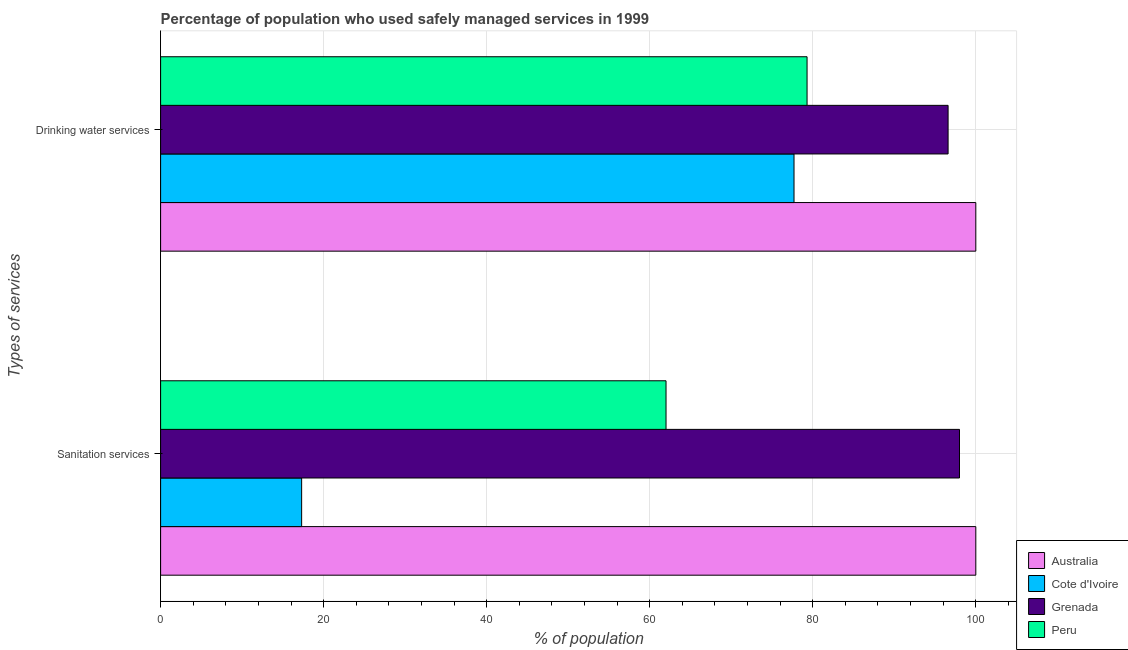
| Types of services | Australia | Cote d'Ivoire | Grenada | Peru |
 | --- | --- | --- | --- | --- |
 | Sanitation services | 100 | 17.3 | 98 | 62 |
 | Drinking water services | 100 | 77.7 | 96.6 | 79.3 |